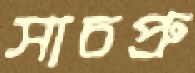
সাচপ্রু